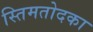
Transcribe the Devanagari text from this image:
स्तिमतोदका